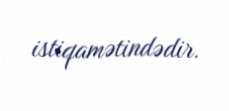
istiqamətindədir.